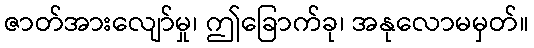
ဇာတ်အားလျော်မှု၊ ဤခြောက်ခု၊ အနုလောမမှတ်။